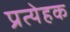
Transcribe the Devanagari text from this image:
प्रत्येहक